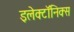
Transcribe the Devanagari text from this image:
इलेक्टॉनिक्स